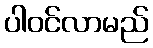
ပါဝင်လာမည်